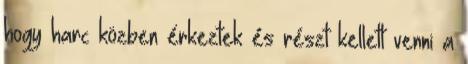
hogy harc közben érkeztek és részt kellett venni a